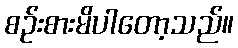
စဉ်းစားမိပါတော့သည်။